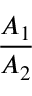
\frac { A _ { 1 } } { A _ { 2 } }